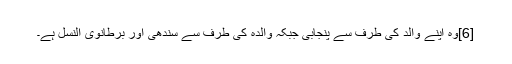
[6]وہ اپنے والد کی طرف سے پنجابی جبکہ والدہ کی طرف سے سندھی اور برطانوی النسل ہے۔